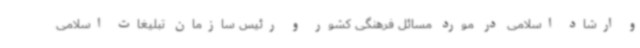
و ارشاد اسلامی در مورد مسائل فرهنگی کشور و رئیس سازمان تبلیغات اسلامی